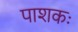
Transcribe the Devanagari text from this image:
पाशकः